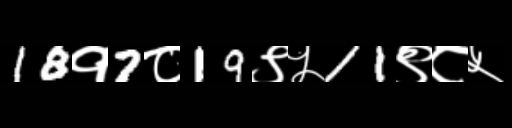
Text: 18१7८19९५11९८५